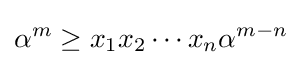
\alpha ^{m}\geq x_{1}x_{2}\cdots x_{n}\alpha ^{m-n}